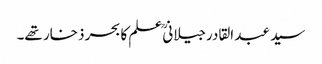
سید عبد القادرجیلانیؒ علم کا بحر ذخار تھے۔